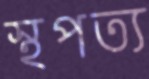
স্থপত্য